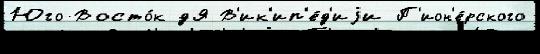
Юго-Восто́к дЯ В'ик'ип'е́д'иjи П'ион'е́рского